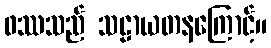
ဖဿသည် သဠာယတနကြောင့်။